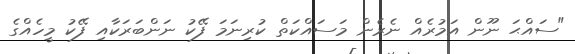
"ސައްޙަ ނޫން އަމުރެއް ނެރެން މަސައްކަތް ކުރިނަމަ ފޭކު ނަންބަރަކާއި ފޭކު މީހެއްގެ